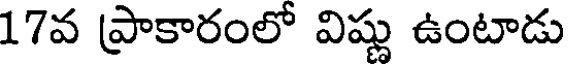
17వ ప్రాకారంలో విష్ణు ఉంటాడు